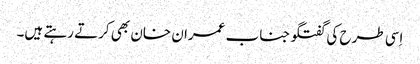
اِسی طرح کی گفتگو جناب عمران خان بھی کرتے رہتے ہیں۔